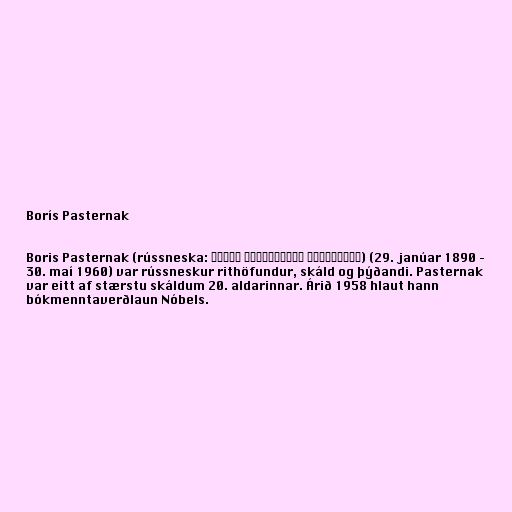
Borís Pasternak

Boris Pasternak (rússneska: Борис Леонидович Пастернак) (29. janúar 1890 –
30. maí 1960) var rússneskur rithöfundur, skáld og þýðandi. Pasternak
var eitt af stærstu skáldum 20. aldarinnar. Árið 1958 hlaut hann
bókmenntaverðlaun Nóbels.